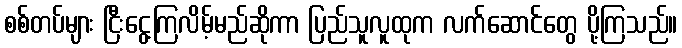
စစ်တပ်များ ငြီးငွေ့ကြလိမ့်မည်ဆိုကာ ပြည်သူလူထုက လက်ဆောင်တွေ ပို့ကြသည်။